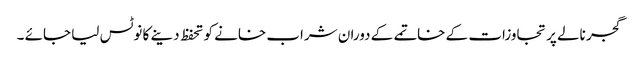
گجر نالے پر تجاوزات کے خاتمے کے دوران شراب خانے کو تحفظ دینے کا نوٹس لیا جائے ۔